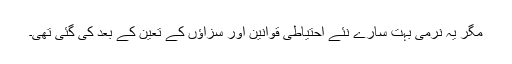
مگر یہ نرمی بہت سارے نئے احتیاطی قوانین اور سزاؤں کے تعین کے بعد کی گئی تھی۔